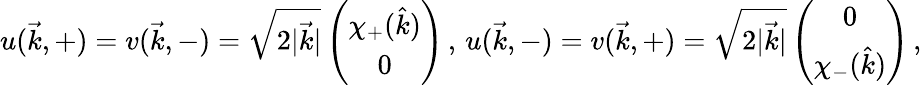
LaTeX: u(\vec{k},+)=v(\vec{k},-)=\sqrt{2|\vec{k}|}\left(\begin{array}{c}{{\chi_{+}(\hat{k})}}\\ {{0}}\end{array}\right)\, ,\, u(\vec{k},-)=v(\vec{k},+)=\sqrt{2|\vec{k}|}\left(\begin{array}{c}{{0}}\\ {{\chi_{-}(\hat{k})}}\end{array}\right)\, ,